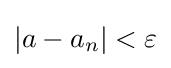
|a-a_{n}|<\varepsilon